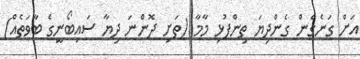
އަށް ގަނެގެން ގެންދިޔަ ތިންފުޅި މާމާ (ތަށި ދޮންނަ ދިޔާ ސައިބޯނީގެ ބާވަތެއް)